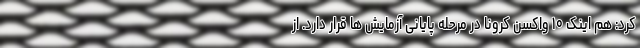
کرد: هم اینک ۱۰ واکسن کرونا در مرحله پایانی آزمایش ها قرار دارد. از